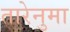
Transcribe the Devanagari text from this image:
तारेनुमा